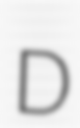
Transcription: D